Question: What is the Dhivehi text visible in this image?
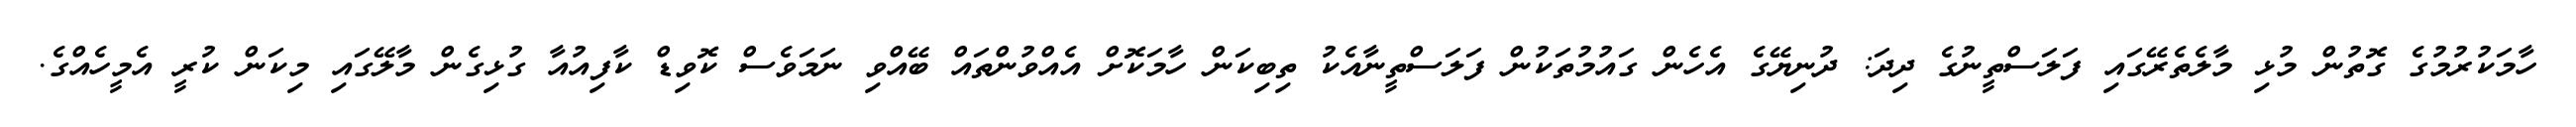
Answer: ހާމަކުރުމުގެ ގޮތުން މުޅި މާލެތެރޭގައި ފަލަސްތީނުގެ ދިދަ: ދުނިޔޭގެ އެހެން ގައުމުތަކުން ފަލަސްތީނާއެކު ތިބިކަން ހާމަކޮށް އެއްވުންތައް ބޭއްވި ނަމަވެސް ކޮވިޑް ކާފިއުއާ ގުޅިގެން މާލޭގައި މިކަން ކުރީ އެމީހެއްގެ.